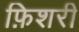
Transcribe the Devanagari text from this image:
फ़िशरी